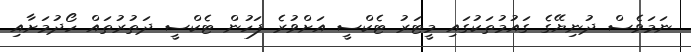
ނަމަވެސް ދުނިޔޭގެ ގައުމުތަކުގައި މީޓަރު ޓެކްސީ އަށްވުރެ ފަހުން ޓެކްސީ ދަތުރުތައް ހޯދުމަށާއި